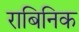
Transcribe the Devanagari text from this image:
राबिनिक